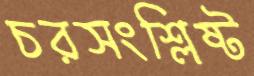
চরসংশ্লিষ্ট